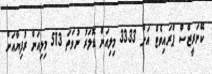
ކޭނަރީޒްސް ޕްރައިވެޓް އަށް 33.33 މިލިއަން ޑޮލަރު ނުވަތަ 513 މިލިއަން ރުފިޔާއަށް